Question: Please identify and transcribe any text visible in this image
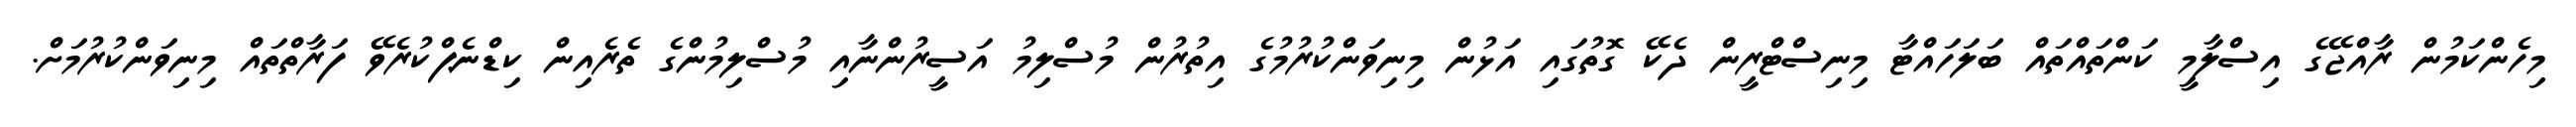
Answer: މިހެންކަމުން ރާއްޖޭގެ އިސްލާމީ ކަންތައްތައް ބަލަހައްޓާ މިނިސްޓްރީން ދެކޭ ގޮތުގައި އަޅުން މިނިވަންކުރުމުގެ އިތުރުން މުސްލިމު އަސީރުންނާއި މުސްލިމުންގެ ތެރެއިން ކިޑްނެޕްކުރެވޭ ފަރާތްތައް މިނިވަންކުރުމަށް.